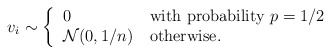
\begin{align*}v_i \sim \left\{\begin{tabular}{ll}0 & with probability $p=1/2$ \\$\mathcal{N}(0, 1/n)$ & otherwise.\end{tabular}\right.\end{align*}